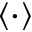
\left\langle \cdot \right\rangle